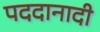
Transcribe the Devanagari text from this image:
पददानादी